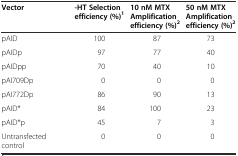
| Vector | -HT Selection efficiency (%)1 | 10 nM MTX Amplification efficiency (%)2 | 50 nM MTX Amplification efficiency (%)2 |
 | --- | --- | --- | --- |
 | pAID | 100 | 87 | 73 |
 | pAIDp | 97 | 77 | 40 |
 | pAIDpp | 70 | 40 | 10 |
 | pAI709Dp | 0 | 0 | 0 |
 | pAI772Dp | 86 | 90 | 13 |
 | pAID* | 84 | 100 | 23 |
 | pAID*p | 45 | 7 | 3 |
 | Untransfected control | 0 | 0 | 0 |